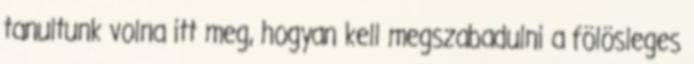
tanultunk volna itt meg, hogyan kell megszabadulni a fölösleges